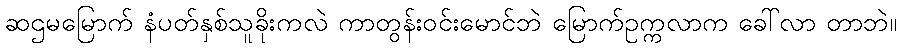
ဆဌမမြောက် နံပတ်နှစ်သူခိုးကလဲ ကာတွန်းဝင်းမောင်ဘဲ မြောက်ဥက္ကလာက ခေါ်လာ တာဘဲ။